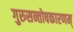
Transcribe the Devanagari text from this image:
गुरुसन्तोषकारणम्